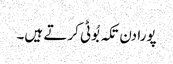
پورا دن تکہ بُوٹی کرتے ہیں۔